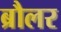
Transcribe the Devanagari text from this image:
ब्रौलर